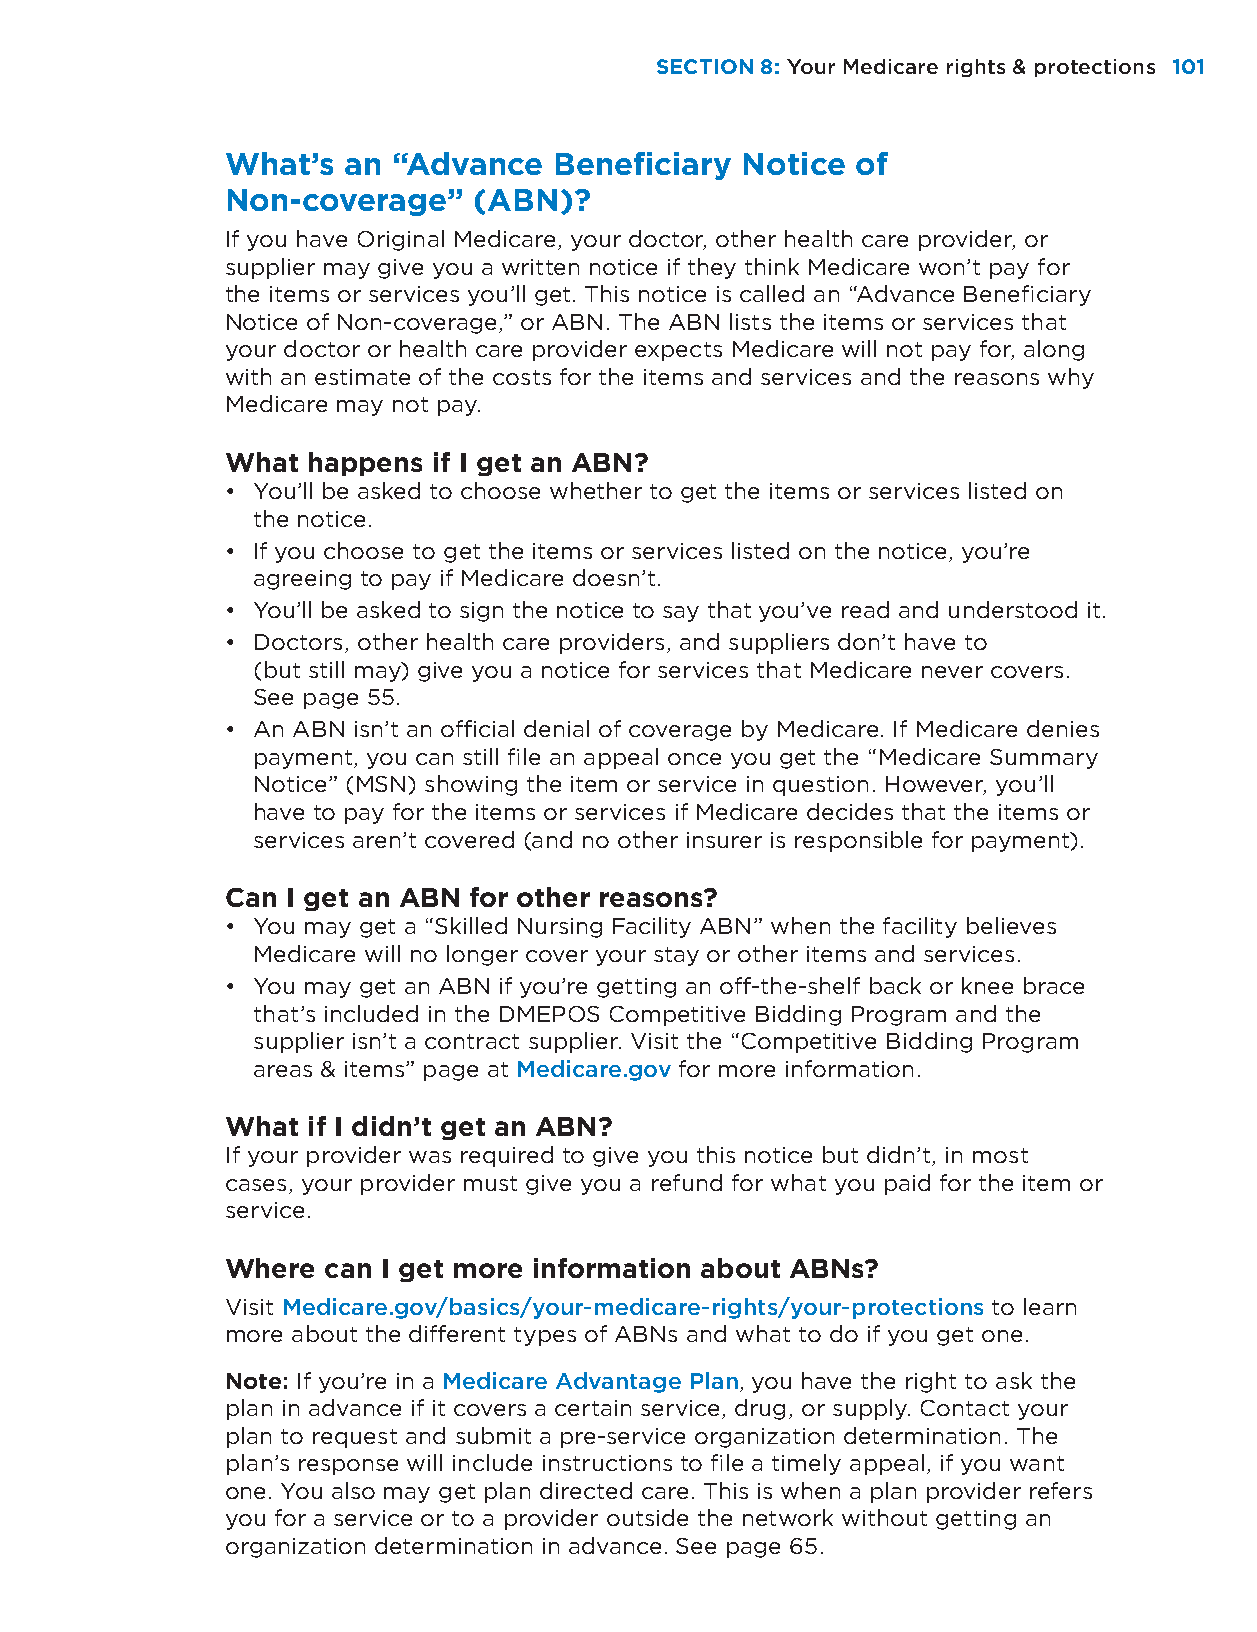
SECTION 8: Your Medicare rights & protections 101
 What’s  an “Advance   Beneficiary Notice  of
 Non-coverage”   (ABN)?
 If you have Original Medicare, your doctor, other health care provider, or
 supplier may give you a written notice if they think Medicare won’t pay for
 the items or services you’ll get. This notice is called an “Advance Beneficiary
 Notice of Non-coverage,” or ABN. The ABN lists the items or services that
 your doctor or health care provider expects Medicare will not pay for, along
 with an estimate of the costs for the items and services and the reasons why
 Medicare may not pay.
 What happens  if I get an ABN?
 • You’ll be asked to choose whether to get the items or services listed on
 the notice.
 • If you choose to get the items or services listed on the notice, you’re
 agreeing to pay if Medicare doesn’t.
 • You’ll be asked to sign the notice to say that you’ve read and understood it.
 • Doctors, other health care providers, and suppliers don’t have to
 (but still may) give you a notice for services that Medicare never covers.
 See page 55.
 • An ABN isn’t an official denial of coverage by Medicare. If Medicare denies
 payment, you can still file an appeal once you get the “Medicare Summary
 Notice” (MSN) showing the item or service in question. However, you’ll
 have to pay for the items or services if Medicare decides that the items or
 services aren’t covered (and no other insurer is responsible for payment).
 Can I get an ABN for other reasons?
 • You may get a “Skilled Nursing Facility ABN” when the facility believes
 Medicare will no longer cover your stay or other items and services.
 • You may get an ABN if you’re getting an off-the-shelf back or knee brace
 that’s included in the DMEPOS Competitive Bidding Program and the
 supplier isn’t a contract supplier. Visit the “Competitive Bidding Program
 areas & items” page at Medicare.gov for more information.
 What if I didn’t get an ABN?
 If your provider was required to give you this notice but didn’t, in most
 cases, your provider must give you a refund for what you paid for the item or
 service.
 Where can I get more information about ABNs?
 Visit Medicare.gov/basics/your-medicare-rights/your-protections to learn
 more about the different types of ABNs and what to do if you get one.
 Note: If you’re in a Medicare Advantage Plan, you have the right to ask the
 plan in advance if it covers a certain service, drug, or supply. Contact your
 plan to request and submit a pre-service organization determination. The
 plan’s response will include instructions to file a timely appeal, if you want
 one. You also may get plan directed care. This is when a plan provider refers
 you for a service or to a provider outside the network without getting an
 organization determination in advance. See page 65.